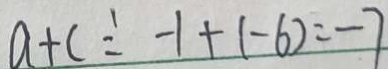
a + c \div - 1 + ( - 6 ) = - 7